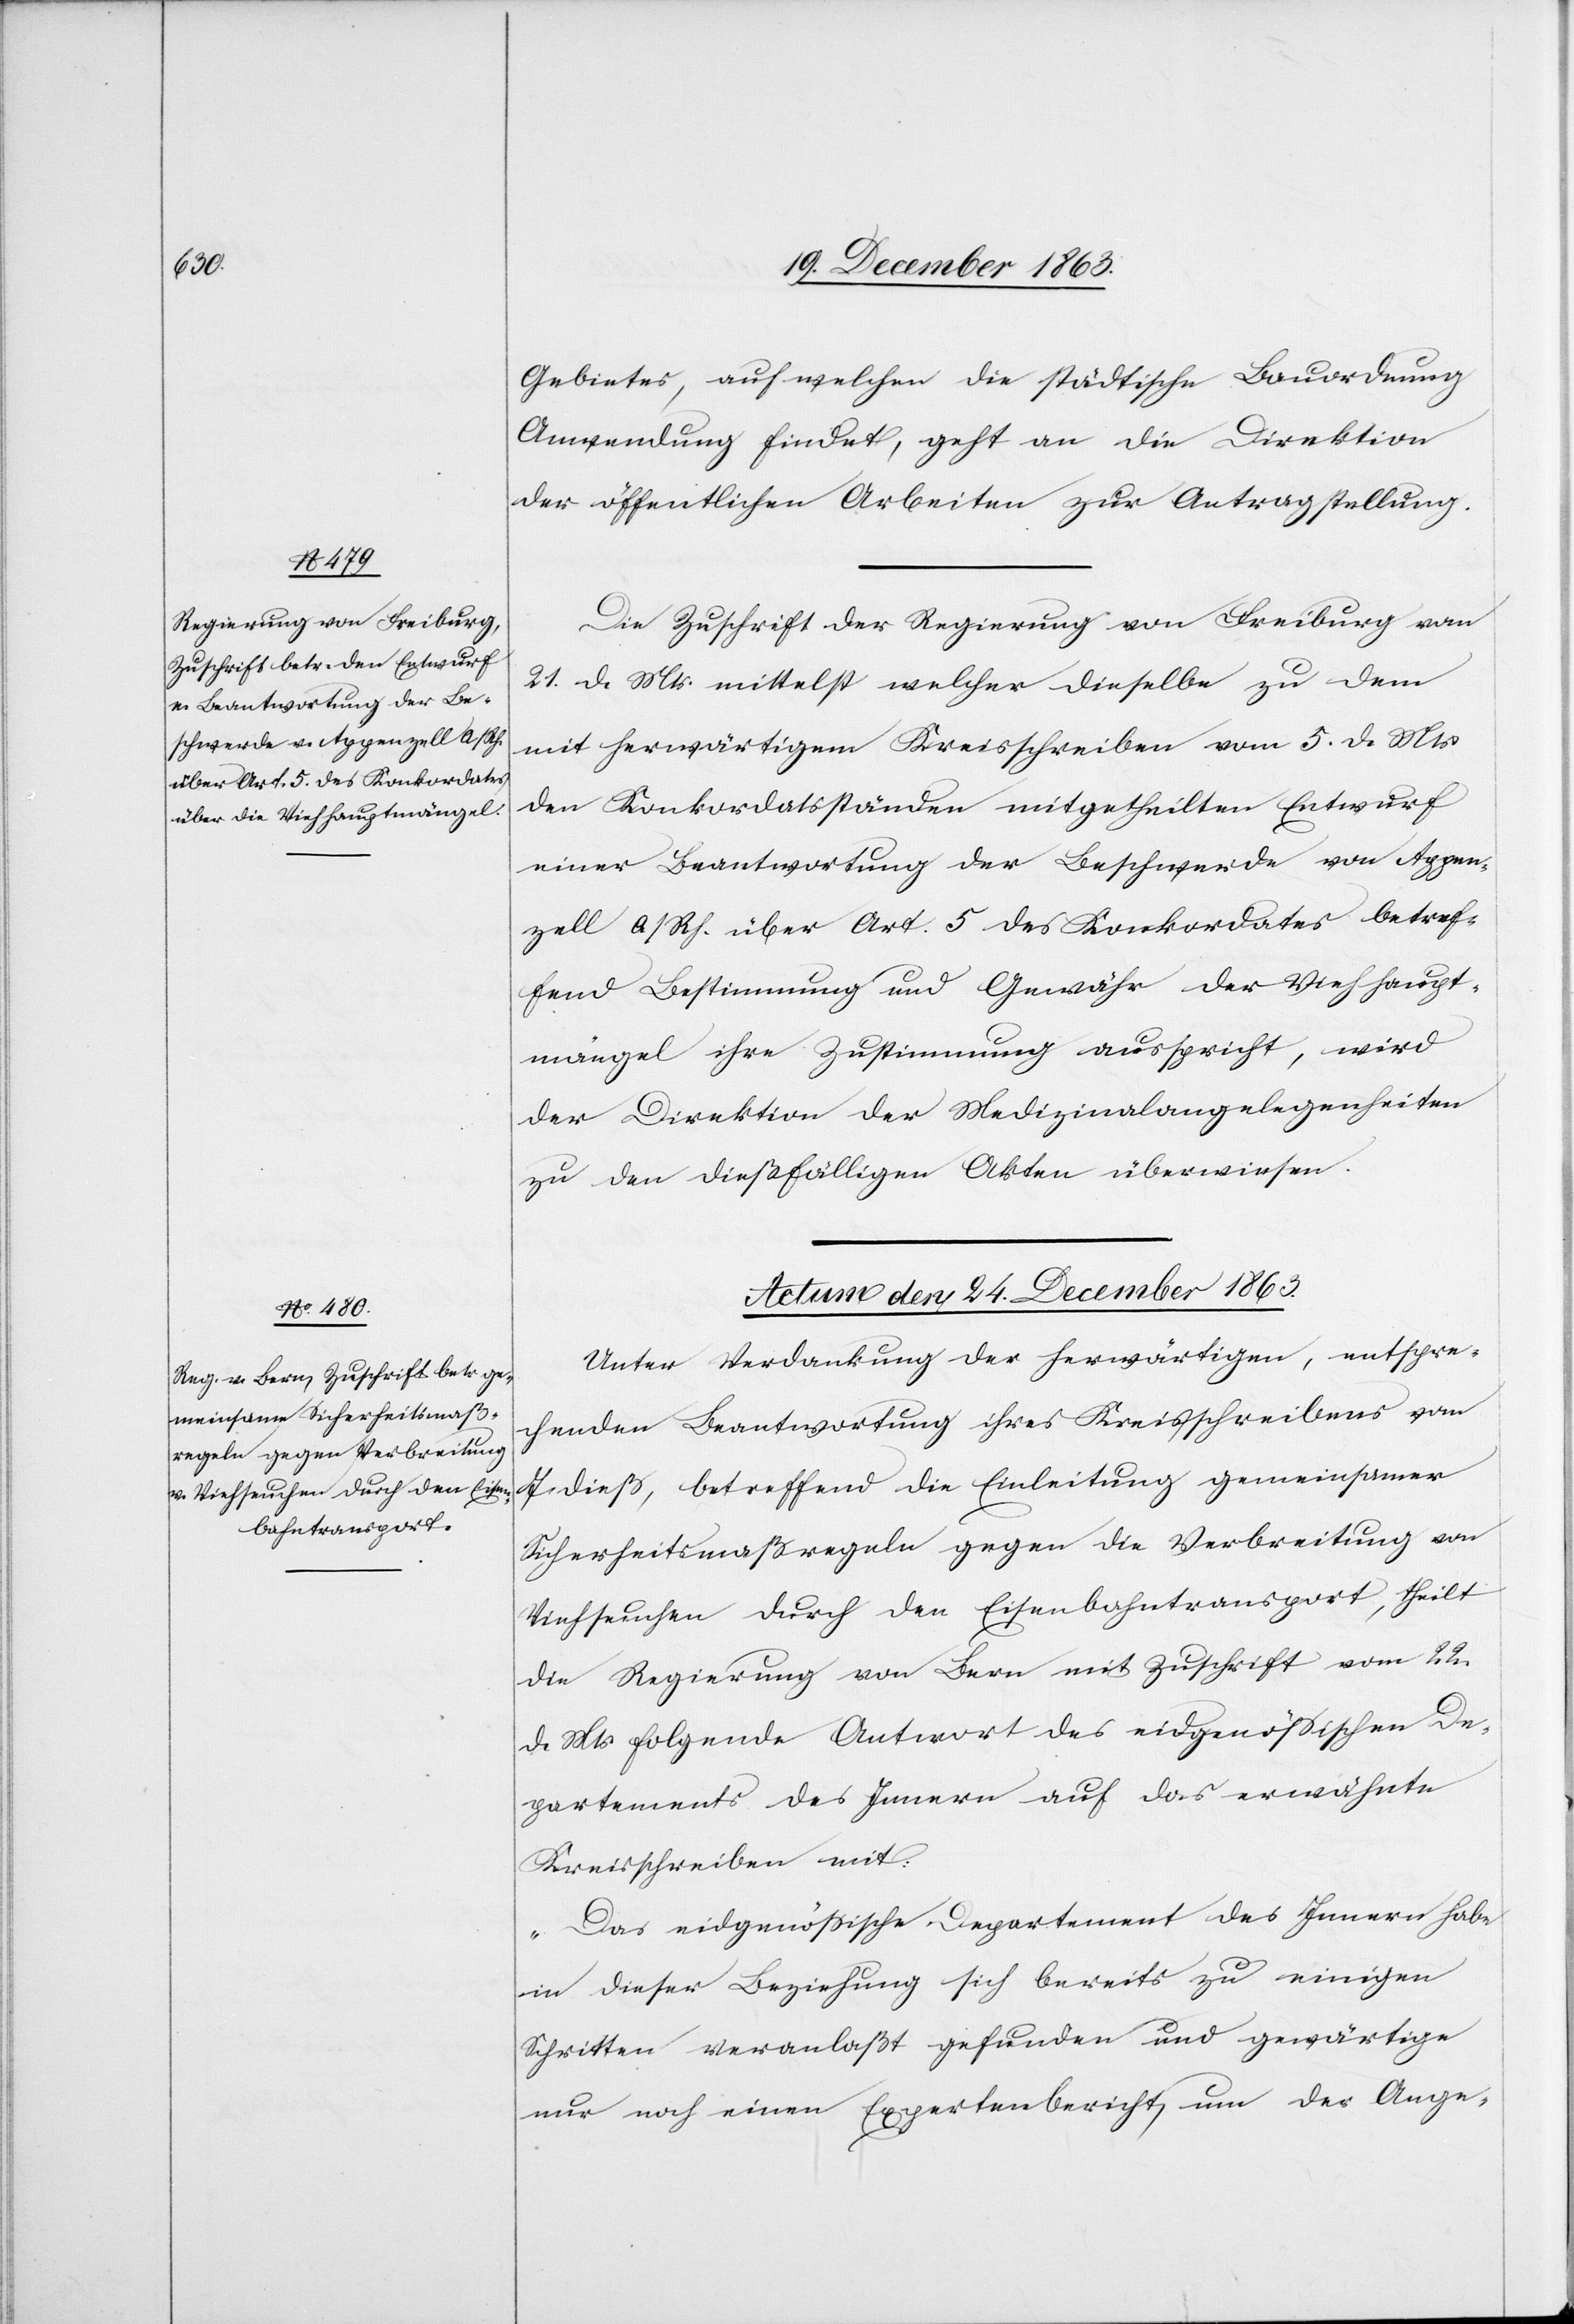
Gebietes, auf welchen die städtische Bauordnung
Anwendung findet, geht an die Direktion
der öffentlichen Arbeiten zur Antragstellung.
Die Zuschrift der Regierung von Freiburg vom
21. d. Mts. mittelst welcher dieselbe zu dem
mit herwärtigem Kreisschreiben vom 5. d. Mts.
den Konkordatsständen mitgetheilten Entwurf
einer Beantwortung der Beschwerde von Appen¬
zell A/Rh. über Art. 5 des Konkordates betref¬
fend Bestimmung und Gewähr der Viehhaupt¬
mängel ihre Zustimmung ausspricht, wird
der Direktion der Medizinalangelegenheiten
zu den dießfälligen Akten überwiesen.
Actum den 24. December 1863.
Unter Verdankung der herwärtigen, entspre¬
chenden Beantwortung ihres Kreisschreibens vom
7. dieß, betreffend die Einleitung gemeinsamer
Sicherheitsmaßregeln gegen die Verbreitung von
Viehseuchen durch den Eisenbahntransport, theilt
die Regierung von Bern mit Zuschrift vom 22.
d. Mts. folgende Antwort des eidgenössischen De¬
partements des Innern auf das erwähnte
Kreisschreiben mit:
„Das eidgenössische Departement des Innern habe
in dieser Beziehung sich bereits zu einigen
Schritten veranlaßt gefunden und gewärtige
nur noch einen Expertenbericht, um der Ange-